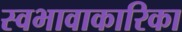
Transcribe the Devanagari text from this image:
स्वभावाकारिका